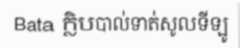
Bata ក្លិបបាល់ទាត់សូលទីឡូ